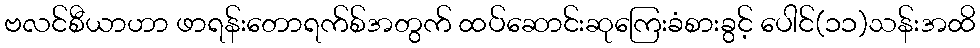
ဗလင်စီယာဟာ ဖာရန်းတောရက်စ်အတွက် ထပ်ဆောင်းဆုကြေးခံစားခွင့် ပေါင်(၁၁)သန်းအထိ